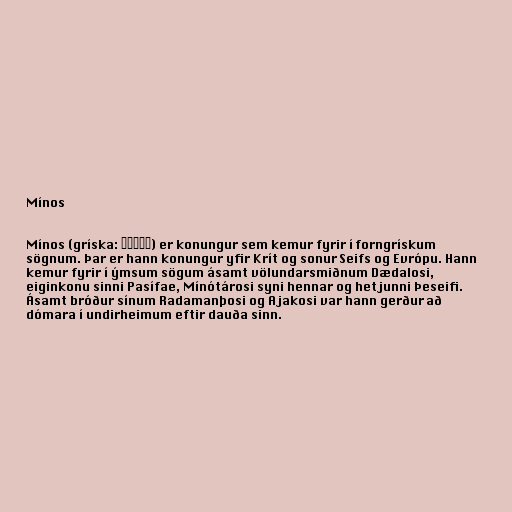
Mínos

Mínos (gríska: Μίνως) er konungur sem kemur fyrir í forngrískum
sögnum. Þar er hann konungur yfir Krít og sonur Seifs og Evrópu. Hann
kemur fyrir í ýmsum sögum ásamt völundarsmiðnum Dædalosi,
eiginkonu sinni Pasífae, Mínótárosi syni hennar og hetjunni Þeseifi.
Ásamt bróður sínum Radamanþosi og Ajakosi var hann gerður að
dómara í undirheimum eftir dauða sinn.